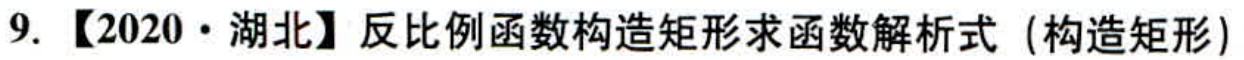
9.【2020·湖北】反比例函数构造矩形求函数解析式（构造矩形）